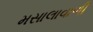
મસાલાવાળી